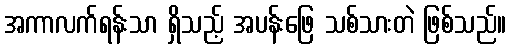
အကာလက်ရန်းသာ ရှိသည့် အပန်းဖြေ သစ်သားတဲ ဖြစ်သည်။